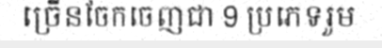
ច្រើនចែកចេញជា 9 ប្រភេទរួម